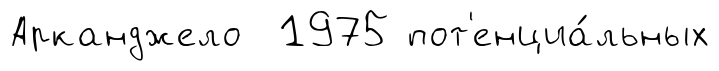
Арканджело 1975 пот'енциа́льных